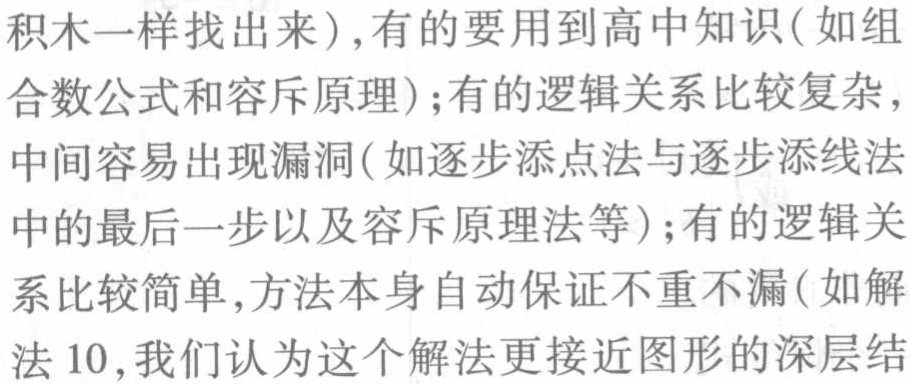
积木一样找出来), 有的要用到高中知识 (如组
合数公式和容斥原理); 有的逻辑关系比较复杂,
中间容易出现漏洞 (如逐步添点法与逐步添线法
中的最后一步以及容斥原理法等); 有的逻辑关
系比较简单, 方法本身自动保证不重不漏 (如解
法 10, 我们认为这个解法更接近图形的深层结